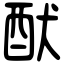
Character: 䣭